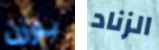
بوزن الزناد